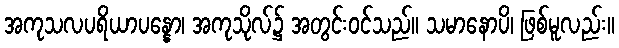
အကုသလပရိယာပန္နော၊ အကုသိုလ်၌ အတွင်းဝင်သည်။ သမာနောပိ၊ ဖြစ်မူလည်း။